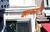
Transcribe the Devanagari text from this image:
झाकणाने